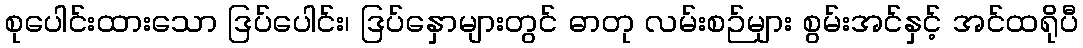
စုပေါင်းထားသော ဒြပ်ပေါင်း၊ ဒြပ်နှောများတွင် ဓာတု လမ်းစဉ်များ စွမ်းအင်နှင့် အင်ထရိုပီ